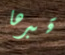
قبرها